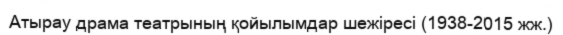
Атырау драма театрының қойылымдар шежіресі (1938-2015 жж.)